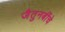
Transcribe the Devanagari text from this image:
जैतुनबींचे